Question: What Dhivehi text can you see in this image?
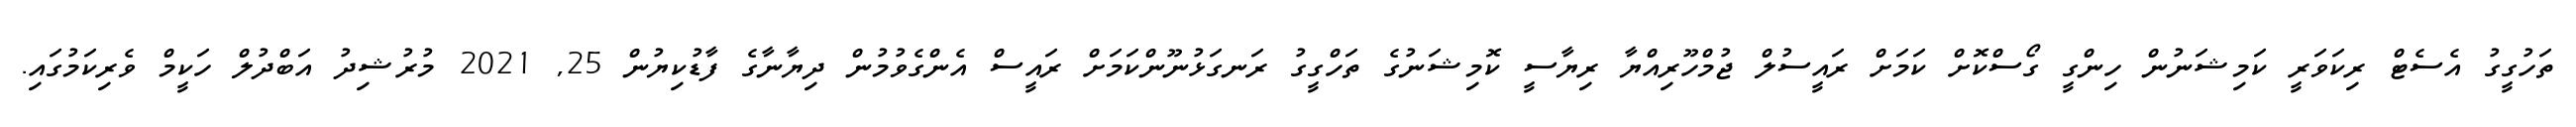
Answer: ތަހުގީގު އެސެޓް ރިކަވަރީ ކަމިޝަނުން ހިންގީ ގޯސްކޮށް ކަމަށް ރައީސުލް ޖުމްހޫރިއްޔާ ރިޔާސީ ކޮމިޝަނުގެ ތަހްގީގު ރަނގަޅުނޫންކަމަށް ރައީސް އެންގެވުމުން ދިޔާނާގެ ފާޑުކިޔުން 25, 2021 މުރުޝިދު އަބްދުލް ހަކީމް ވެރިކަމުގައި.